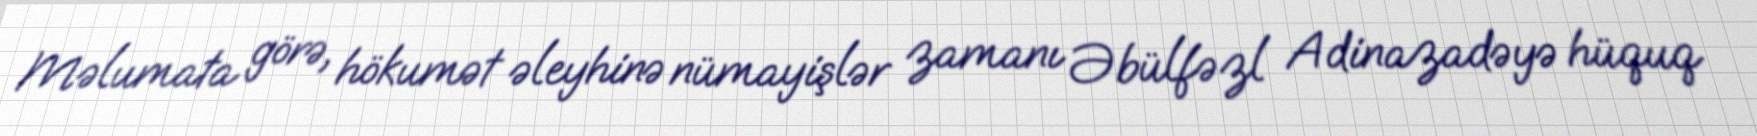
Məlumata görə, hökumət əleyhinə nümayişlər zamanı Əbülfəzl Adinazadəyə hüquq